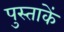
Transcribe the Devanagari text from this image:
पुस्ताकें